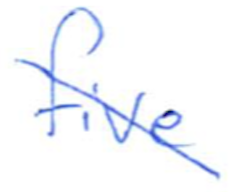
Text: five
Cross-out: diagonal
Writing tool: ballpoint